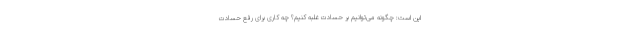
این است: چگونه می‌توانیم بر حسادت غلبه کنیم؟ چه کاری برای رفع حسادت